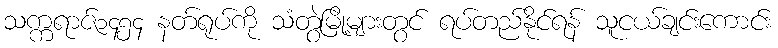
သက္ကရာဇ်၁၄၅၄ နတ်ရုပ်ကို သံတွဲမြို့များတွင် ရပ်တည်နိုင်ရန် သူငယ်ချင်းကောင်း